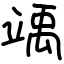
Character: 竬